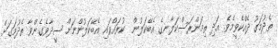
ތެދުމަގު ދެއްކެވީމެވެ. އަދި ތިމަންރަސްކަލާނގެ އެބޭކަލުން  ކުރައްވައި އެބޭކަލުންނަށް ސީދާވެގެންވާ ތެދުމަގަށް